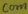
Text: com